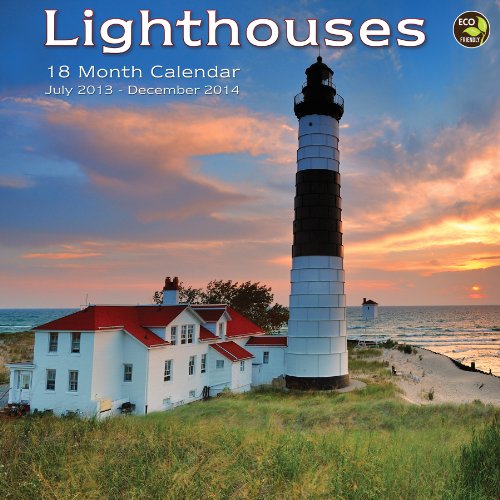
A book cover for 2014 18-Month Lighthouses Wall Calendar; TF Publishing; Calendars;